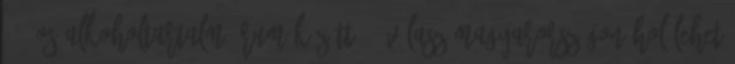
73%-os alkoholtartalmú rum között? 1 válasz Magyarországon hol lehet